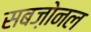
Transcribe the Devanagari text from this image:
सबज़ोनल